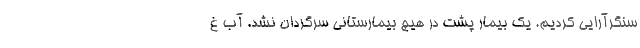
سنگرآرایی کردیم. یک بیمار پشت در هیچ بیمارستانی سرگردان نشد. آب غ